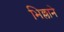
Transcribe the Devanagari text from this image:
भिल्लाने